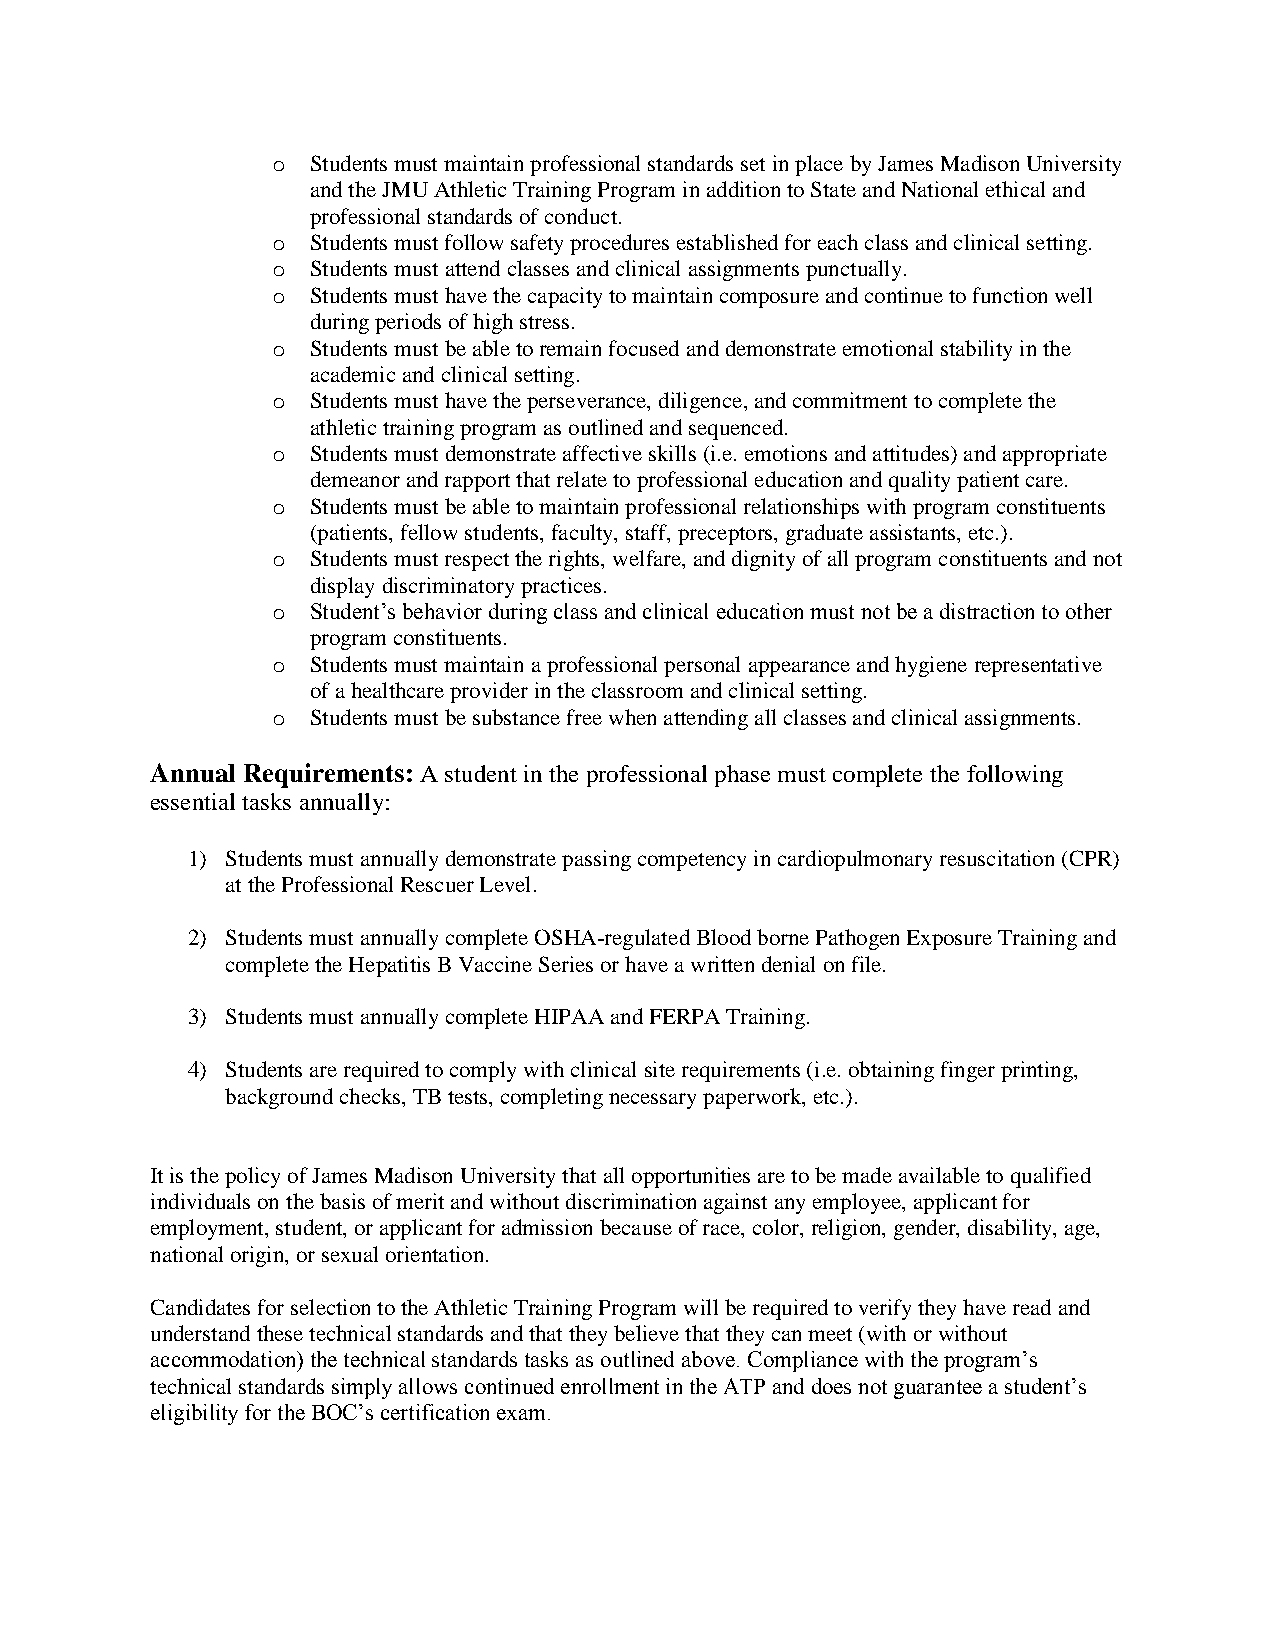
o Students must maintain professional standards set in place by James Madison University
 and the JMU Athletic Training Program in addition to State and National ethical and
 professional standards of conduct.
 o Students must follow safety procedures established for each class and clinical setting.
 o Students must attend classes and clinical assignments punctually.
 o Students must have the capacity to maintain composure and continue to function well
 during periods of high stress.
 o Students must be able to remain focused and demonstrate emotional stability in the
 academic and clinical setting.
 o Students must have the perseverance, diligence, and commitment to complete the
 athletic training program as outlined and sequenced.
 o Students must demonstrate affective skills (i.e. emotions and attitudes) and appropriate
 demeanor and rapport that relate to professional education and quality patient care.
 o Students must be able to maintain professional relationships with program constituents
 (patients, fellow students, faculty, staff, preceptors, graduate assistants, etc.).
 o Students must respect the rights, welfare, and dignity of all program constituents and not
 display discriminatory practices.
 o Student’s behavior during class and clinical education must not be a distraction to other
 program constituents.
 o Students must maintain a professional personal appearance and hygiene representative
 of a healthcare provider in the classroom and clinical setting.
 o Students must be substance free when attending all classes and clinical assignments.
 Annual Requirements: A student in the professional phase must complete the following
 essential tasks annually:
 1) Students must annually demonstrate passing competency in cardiopulmonary resuscitation (CPR)
 at the Professional Rescuer Level.
 2) Students must annually complete OSHA-regulated Blood borne Pathogen Exposure Training and
 complete the Hepatitis B Vaccine Series or have a written denial on file.
 3) Students must annually complete HIPAA and FERPA Training.
 4) Students are required to comply with clinical site requirements (i.e. obtaining finger printing,
 background checks, TB tests, completing necessary paperwork, etc.).
 It is the policy of James Madison University that all opportunities are to be made available to qualified
 individuals on the basis of merit and without discrimination against any employee, applicant for
 employment, student, or applicant for admission because of race, color, religion, gender, disability, age,
 national origin, or sexual orientation.
 Candidates for selection to the Athletic Training Program will be required to verify they have read and
 understand these technical standards and that they believe that they can meet (with or without
 accommodation) the technical standards tasks as outlined above. Compliance with the program’s
 technical standards simply allows continued enrollment in the ATP and does not guarantee a student’s
 eligibility for the BOC’s certification exam.